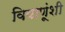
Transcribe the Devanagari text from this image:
विषाणूंशी